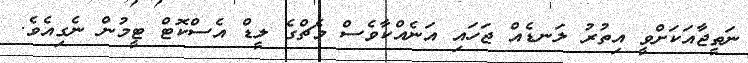
ނަތީޖާއަކަށްވީ އިތުރު ލަނޑެއް ޖަހައި އަނެއްކާވެސް މެޗްގެ ލީޑް އެސްކޮޓް ޓީމުން ނެގިއެވެ.